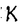
Character: K